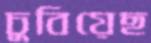
চুবিয়েছ